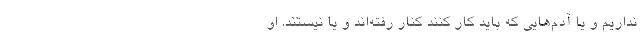
نداریم و یا آدم‌هایی که باید کار کنند کنار رفته‌اند و یا نیستند. او